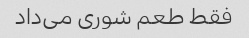
فقط طعم شوری می‌داد